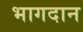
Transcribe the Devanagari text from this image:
भागदान